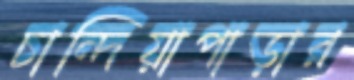
চান্দিয়াপাড়ার